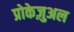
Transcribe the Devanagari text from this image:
प्रोकेज़ुअल